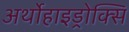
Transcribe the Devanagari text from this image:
अर्थोहाइड्रोक्सि